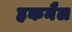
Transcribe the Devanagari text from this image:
हकनैल